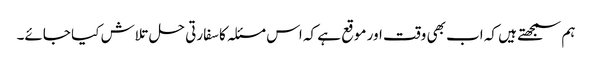
ہم سمجھتے ہیں کہ اب بھی وقت اور موقع ہے کہ اس مسئلہ کا سفارتی حل تلاش کیا جائے۔